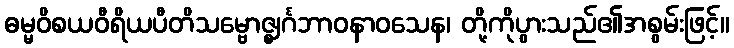
ဓမ္မဝိစယဝီရိယပီတိသမ္ဗောဇ္ဈင်္ဂဘာဝနာဝသေန၊ တို့ကိုပွားသည်၏အစွမ်းဖြင့်။